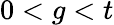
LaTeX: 0<g<t